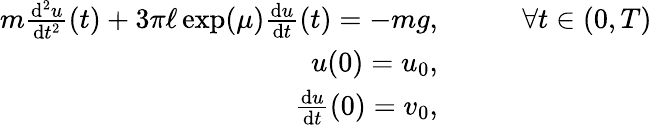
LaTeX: \begin{array}{rl}{m\frac{\mathrm{d}^{2}u}{\mathrm{d}t^{2}}(t)+3\pi\ell\exp(\mu)\frac{\mathrm{d}u}{\mathrm{d}t}(t)=-mg,}&{\qquad\forall t\in(0,T)}\\ {u(0)=u_{0},}&{}\\ {\frac{\mathrm{d}u}{\mathrm{d}t}(0)=v_{0},}&{}\end{array}